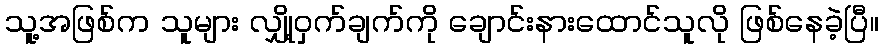
သူ့အဖြစ်က သူများ လျှို့ဝှက်ချက်ကို ချောင်းနားထောင်သူလို ဖြစ်နေခဲ့ပြီ။